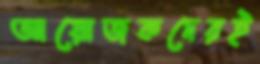
আয়োজকদেরই